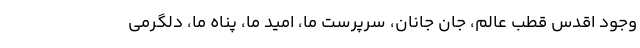
وجود اقدس قطب عالم، جان جانان، سرپرست ما، امید ما، پناه ما، دلگرمی